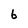
Character: 6